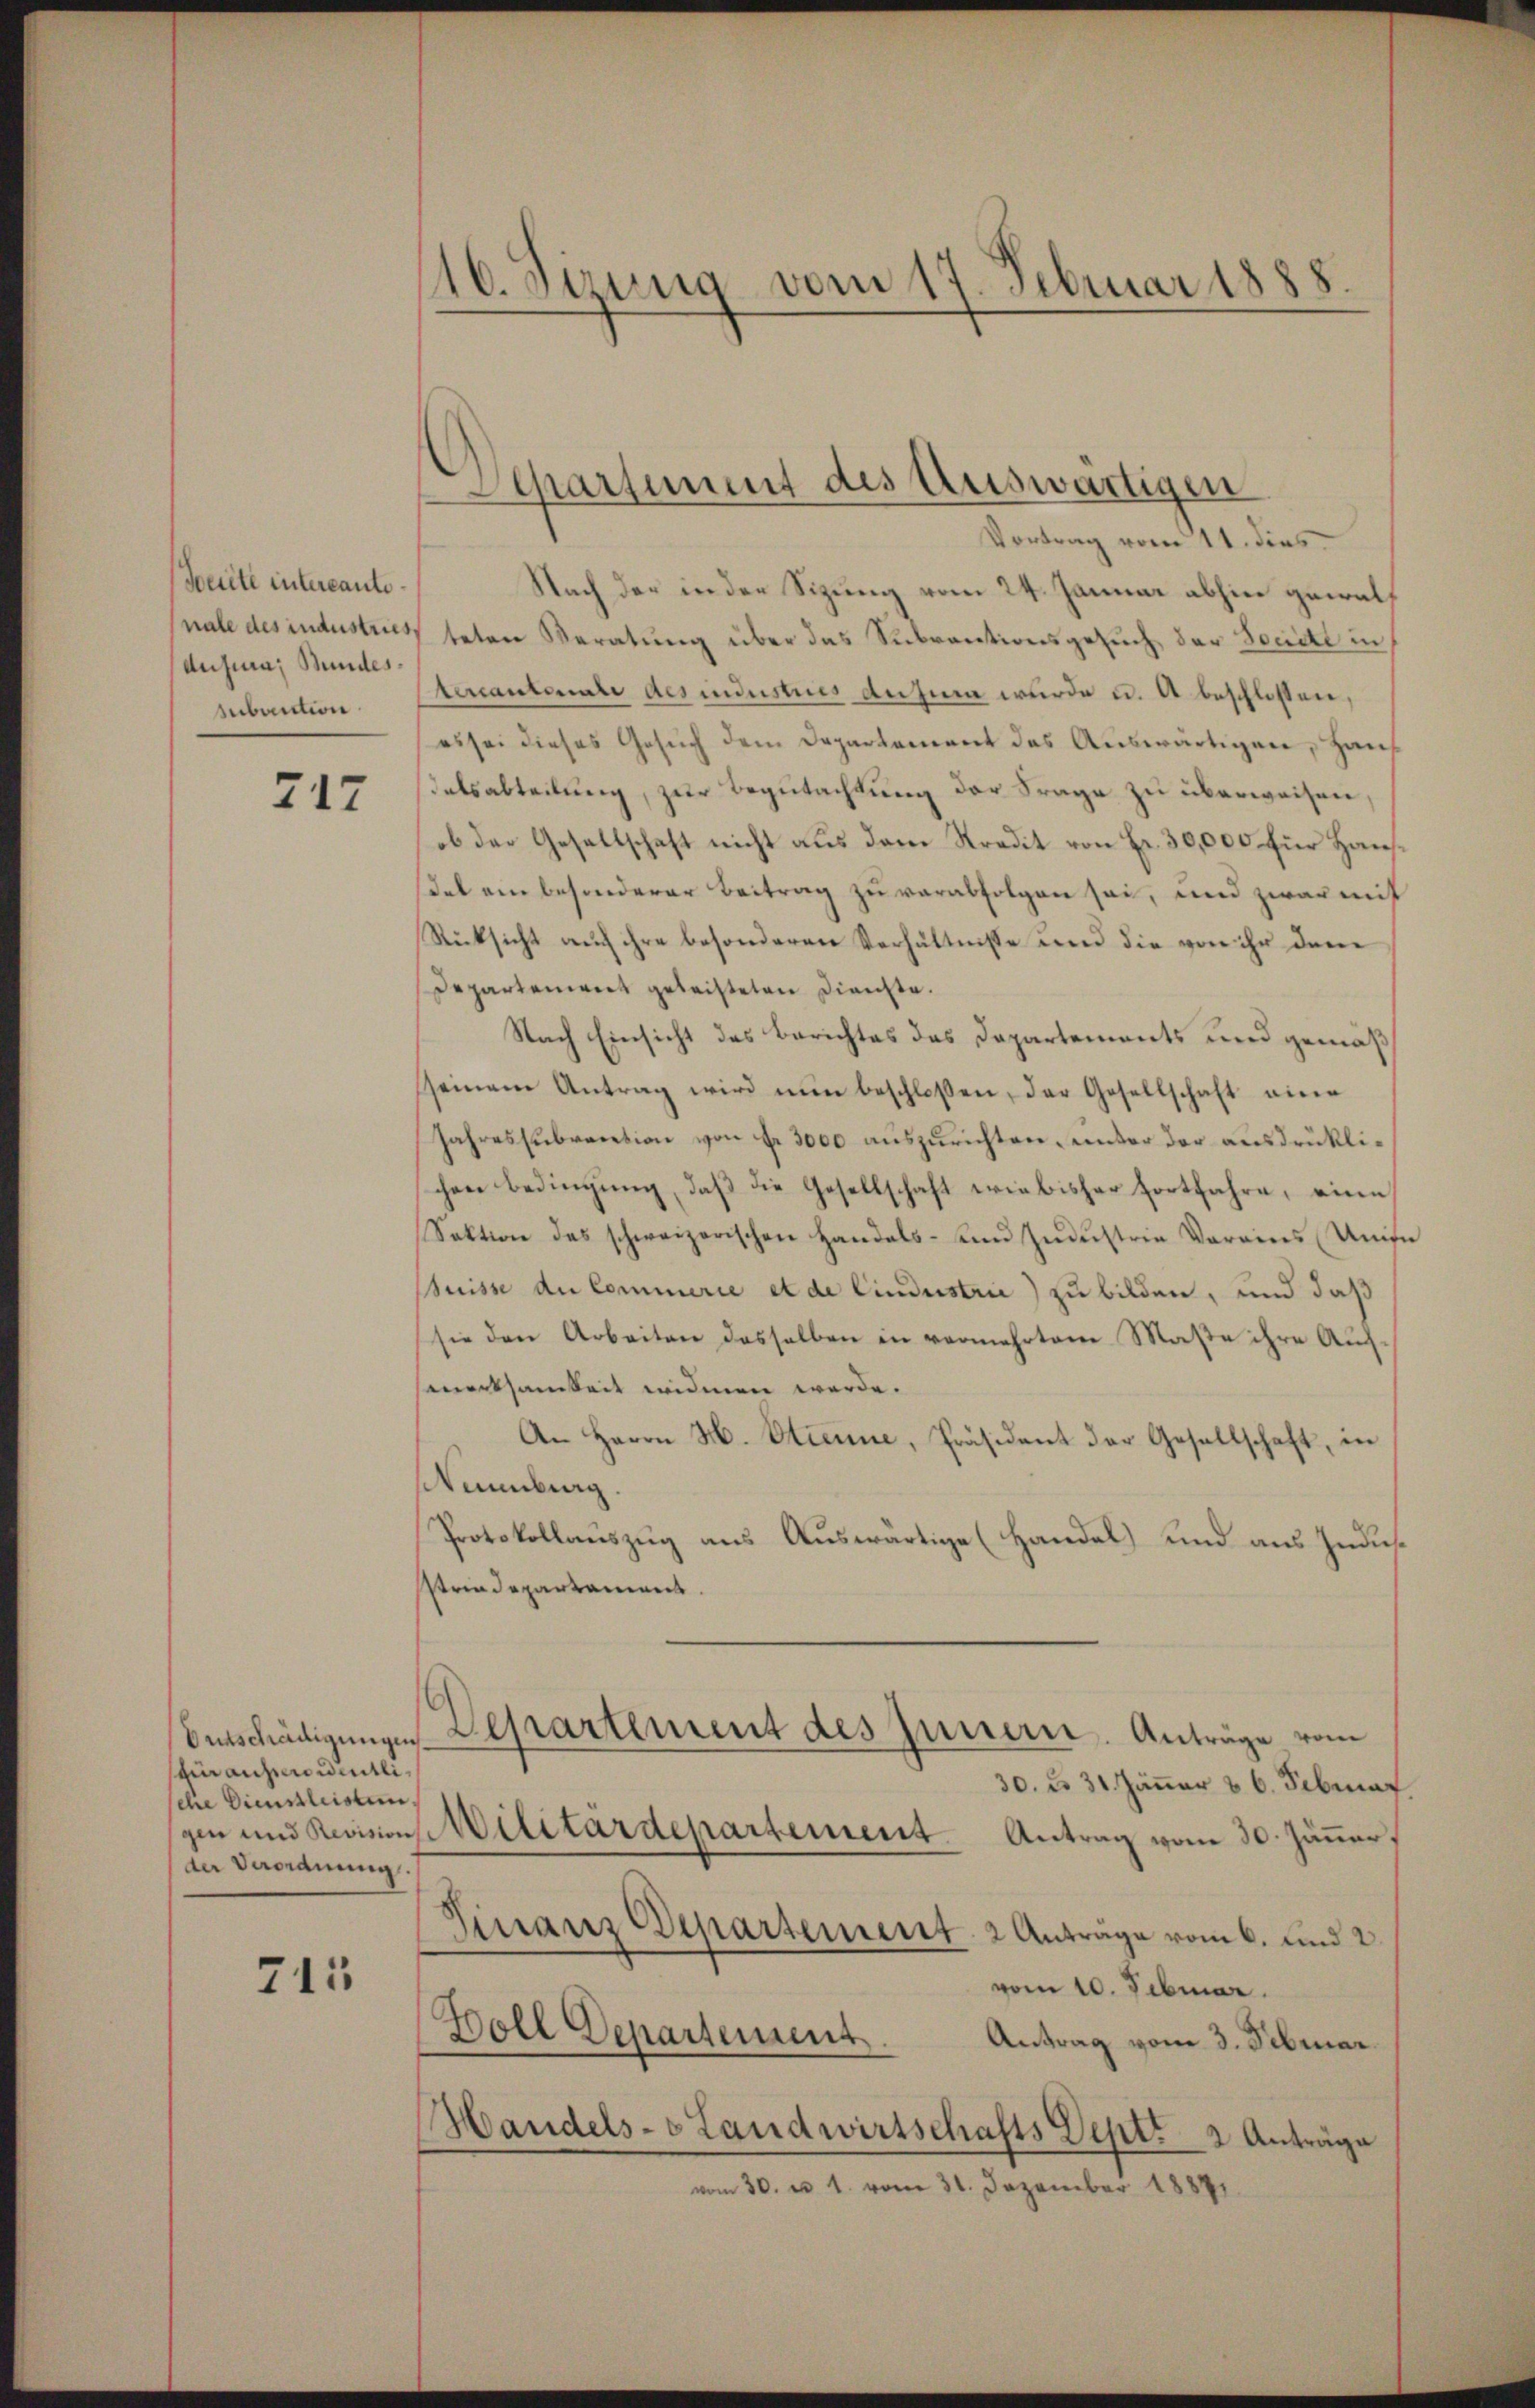
Beute intercantenale des industries
dusura, Bundessubuction

217

Betschädigungen
fin ausserordentlisehe Dienstleisten
gen und Revision
(der Verordnung.

713

16. Sirung vom 17. Februar 1888.

Separtimmt des Auswärtigen

Vortrag vom 11. dies
Nach der in der Sizung vom 24. Januar abhin gewal
teten Beratung über das Subventionsgesuch, der Sonnte in
encantonale des indestius Ansina wurde u. A beschlossen,
es sei dieses Gesuch dem Departement das Auswärtigen, Haus
Tatsabteilung, zur Begutachtung der Frage zu überweisen.
ob der Gesellschaft nicht aus dem Stradit von Fr. 30,000 für Hausdes ein besonderer Beitrag zu verabfolgen sei, und zwar mit
Rücksicht auch ihre besonderen Verhältnisse und die von ihr dem
Departement geleisteten Dienste.
Nach Einsicht des Berichtes das Departements und gemäß
seinem Antrag wird nun beschloßen, der Gesellschaft eine
Jahressubraction von Fr. 3000 auszurichten, unter der ausdrücklichen Bedingŭng, daβ die Gesellschaft wie bisher fortfahre, eine
Sektion des schweizerischen Handels- und Industrie Vorains Unife
suisse du Commerie et de lindustrie) zu bilden, und daß
sie den Arbeiten dasselben in vermehrten Maβe ihre Auf-
worksamkeit widmen werde.
An Herrn H. Etienne, Präsident der Gesellschaft, in
Numburg.
Protokollauszug aus Auswärtige (Handel) und aus Judik
strindepartament.
Departement des Innern. Anträge vom
30. d. 31 Jänner v. 6. Februar
Militärdepartement. Antrag vom 30. Jäner,
Finanz Departement. 2 Anträge vom 6. und 2.
vom 10. Februar.
Boll Departement
Antrag vom 3. Februar.
Handels- Landwirtschafts Deptt 2 Anträge
vom 30. u 1. vom 31. Dezember 18871.